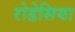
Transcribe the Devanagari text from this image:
रोडेसिया